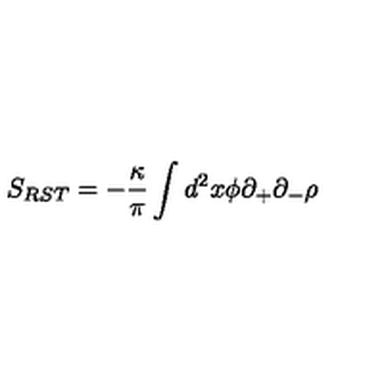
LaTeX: S _ { R S T } = - \frac { \kappa } { \pi } \int d ^ { 2 } x \phi \partial _ { + } \partial _ { - } \rho